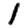
Digit: 1